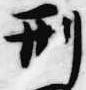
刑